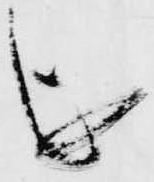
を